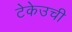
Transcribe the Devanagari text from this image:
टेकेउची